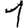
Digit: 1